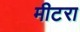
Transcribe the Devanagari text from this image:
मीटरा